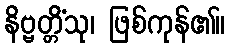
နိဗ္ဗတ္တိံသု၊ ဖြစ်ကုန်၏။